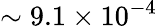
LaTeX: \sim 9.1\times 10^{-4}